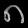
Digit: ၈